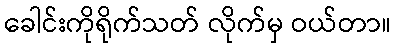
ခေါင်းကိုရိုက်သတ် လိုက်မှ ဝယ်တာ။